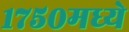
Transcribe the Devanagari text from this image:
१७५०मध्ये